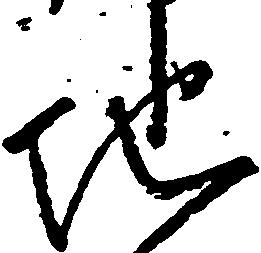
地